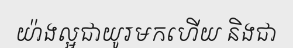
យ៉ាងល្អជាយូរមកហើយ និងជា